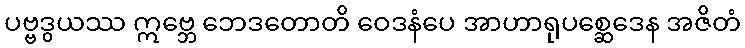
ပဗ္ဗဒွယဿ ဣဗ္ဘေ ဘေဒတောတိ ဝေဒနံပေ အာဟာရုပစ္ဆေဒေန အဇိတံ